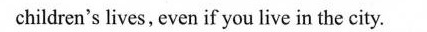
children's lives, even if you live in the city.